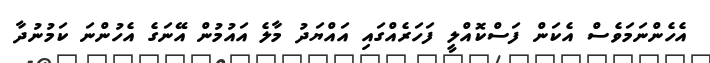
އެހެންނަމަވެސް އެކަން ފަސްކޮއްލީ ފަހަރެއްގައި އައްޔަދު މާލެ އައުމުން އޭނަގެ އެހުންނަ ކަމުނުދާ